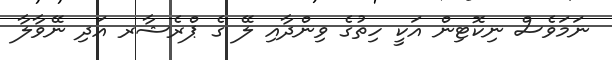
ނަމަވެސް ނިކޮޓިން އަކީ ހިތުގެ ވިންދާއި ލޭ ގެ ޕްރެޝާރ އަދި ނޭވާލާ